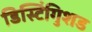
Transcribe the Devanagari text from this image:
डिस्टिंगुिशड